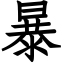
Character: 暴